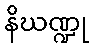
နိဃဏ္ဍု